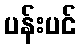
ပန်းပင်